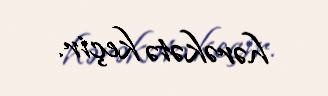
hərəkətə keçir.